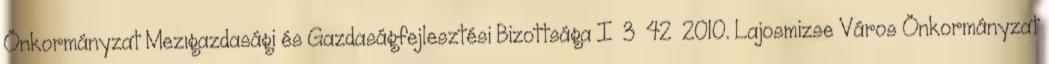
Önkormányzat Mezıgazdasági és Gazdaságfejlesztési Bizottsága I 3 42 2010. Lajosmizse Város Önkormányzat